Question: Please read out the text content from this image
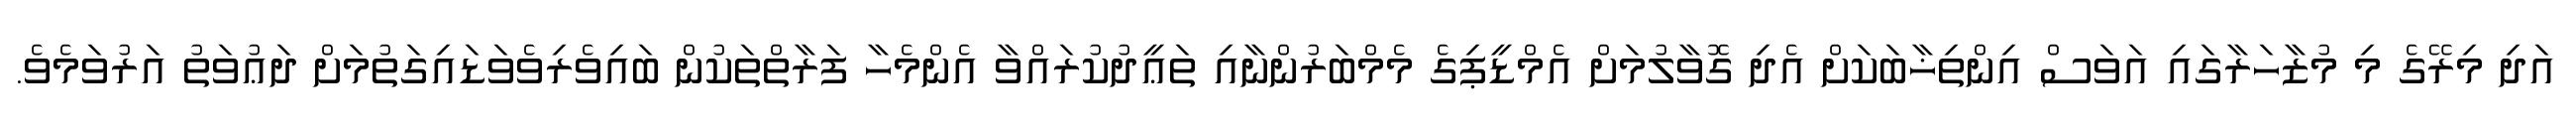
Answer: އަދި މިރޭގެ މި މުޒާހަރާގައި އަވަސް އިންތިޚާބަކަށް އެދި ގޮވާލުމަށް އެމްޑީޕިގެ މެމްބަރުންނާއި ތަޢީދުކުރައްވާ އެންމެހާ ފަރާތްތަކުން ބައިވެރިވެވަޑައިގަތުމަށް ދަޢުވަތު އަރުވަމެވެ.